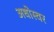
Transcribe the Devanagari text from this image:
अधोस्वर